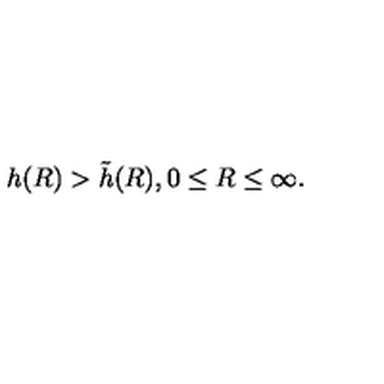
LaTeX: h ( R ) > \tilde { h } ( R ) , 0 \le R \le \infty .